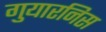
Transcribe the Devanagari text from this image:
गुयारनिस